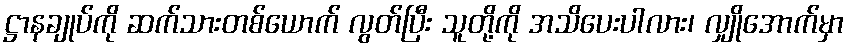
ဋ္ဌာနချုပ်ကို ဆက်သားတစ်ယောက် လွတ်ပြီး သူတို့ကို အသိပေးပါလား၊ လျှိုအောက်မှာ